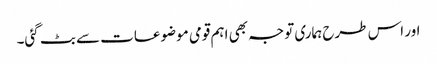
اور اس طرح ہماری توجہ بھی اہم قومی موضوعات سے بٹ گئی۔